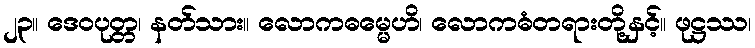
၂၃။ ဒေဝပုတ္တ၊ နတ်သား။ လောကဓမ္မေဟိ၊ လောကဓံတရားတို့နှင့်။ ဖုဋ္ဌဿ၊